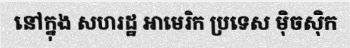
នៅក្នុង សហរដ្ឋ អាមេរិក ប្រទេស ម៉ិចស៊ិក